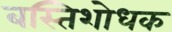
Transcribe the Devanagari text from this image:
बस्तिशोधक